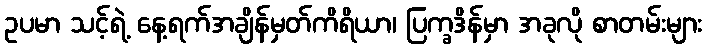
ဥပမာ သင့်ရဲ့ နေ့ရက်အချိန်မှတ်ကိရိယာ၊ ပြက္ခဒိန်မှာ အခုလို စာတမ်းများ